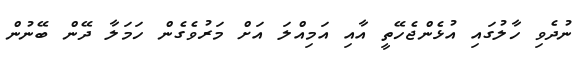
ނުދެވި ހާލުގައި އުޅެންޖެހޭތީ އާއި އަމިއްލަ އަށް މަރުވެގެން ހަމަލާ ދޭން ބޭނުން